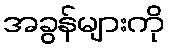
အခွန်များကို